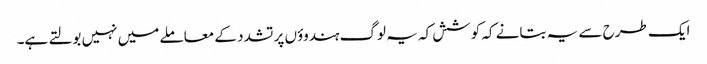
ایک طرح سے یہ بتانے کہ کوشش کہ یہ لوگ ہندوؤں پر تشدد کے معاملے میں نہیں بولتے ہے۔